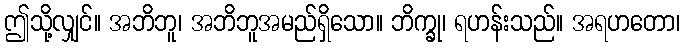
ဤသို့လျှင်။ အဘိဘူ၊ အဘိဘူအမည်ရှိသော။ ဘိက္ခု၊ ရဟန်းသည်။ အရဟတော၊